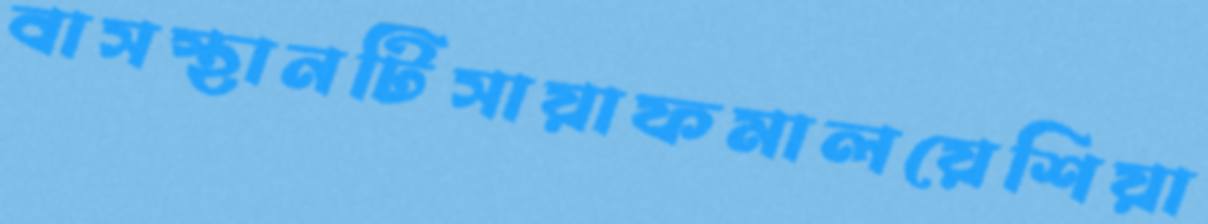
বাসস্থানটিসায়াফমালয়েশিয়া